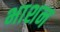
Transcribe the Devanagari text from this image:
भाशन